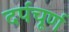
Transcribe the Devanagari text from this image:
दर्पचूर्ण